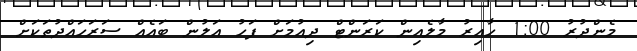
މެންދުރު 1:00 ހާއިރު މާލެއިން ކަރަންޓް ދިއުމަށް ފަހު އަލުން ބައެއް ސަރަހައްދުތަކަށް